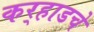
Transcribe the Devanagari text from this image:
कर्‍हाडचे